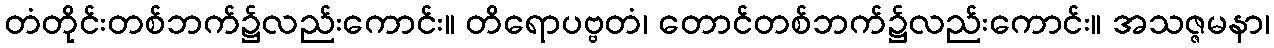
တံတိုင်းတစ်ဘက်၌လည်းကောင်း။ တိရောပဗ္ဗတံ၊ တောင်တစ်ဘက်၌လည်းကောင်း။ အသဇ္ဇမနာ၊